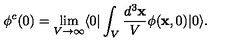
\phi ^ { c } ( 0 ) = \lim _ { V \rightarrow \infty } \langle 0 | \int _ { V } \frac { d ^ { 3 } { \bf x } } { V } \phi ( { \bf x } , 0 ) | 0 \rangle .